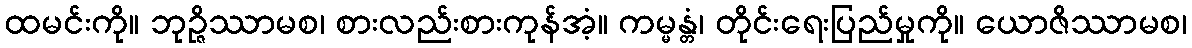
ထမင်းကို။ ဘုဉ္ဇိဿာမစ၊ စားလည်းစားကုန်အံ့။ ကမ္မန္တံ၊ တိုင်းရေးပြည်မှုကို။ ယောဇိဿာမစ၊